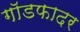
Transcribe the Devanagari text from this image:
गाॅडफादर